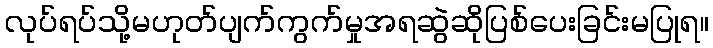
လုပ်ရပ်သို့မဟုတ်ပျက်ကွက်မှုအရဆွဲဆိုပြစ်ပေးခြင်းမပြုရ။